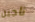
ناجين